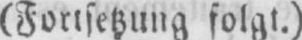
folgt.)